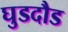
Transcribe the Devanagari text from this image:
घुडदौड